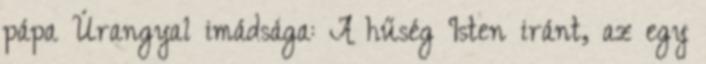
pápa Úrangyal imádsága: A hűség Isten iránt, az egy